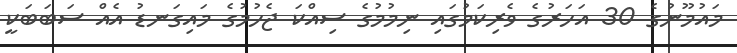
މައުމޫނުގެ 30 އަހަރުގެ ވެރިކަމުގައި ނިމުމުގެ ސިއްކަ ޖެހުމުގެ މައިގަނޑު އެއް ސަބަބަކީ